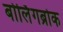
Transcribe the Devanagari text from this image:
बोर्लिगब्रोक